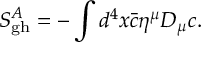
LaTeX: S _ { \mathrm { g h } } ^ { A } = - \int d ^ { 4 } x { \bar { c } } \eta ^ { \mu } D _ { \mu } c .